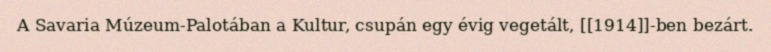
A Savaria Múzeum-Palotában a Kultur, csupán egy évig vegetált, [[1914]]-ben bezárt.